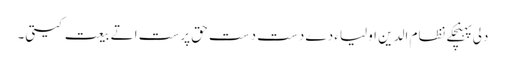
دلی پہنچکے نظام الدین اولیاء دے دست دست حق پرست اتے بیعت کیتی۔